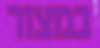
במצור